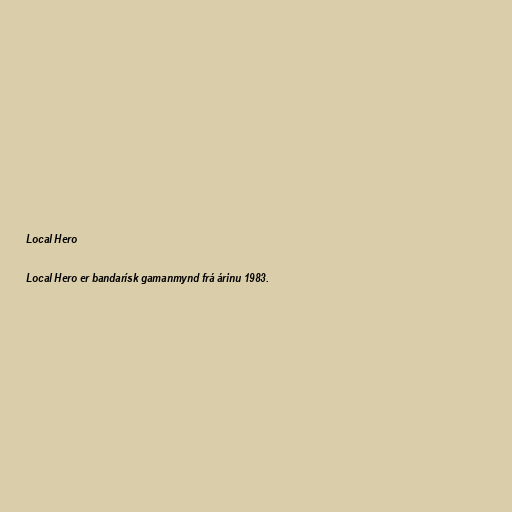
Local Hero

Local Hero er bandarísk gamanmynd frá árinu 1983.